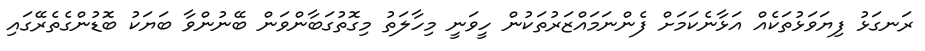
ރަނގަޅު ފިޔަވަޅުތަކެއް އަޅާނެކަމަށް ފެންނަމައްޒަރުތަކުން ހީވަނީ މިހާލަތު މިގޮތުގަބާންވަން ބޭނުންވާ ބަޔަކު ބޮޑުންގެތެރޭގަައި